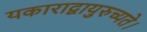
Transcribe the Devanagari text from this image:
यकाराद्वायुरुच्यते।